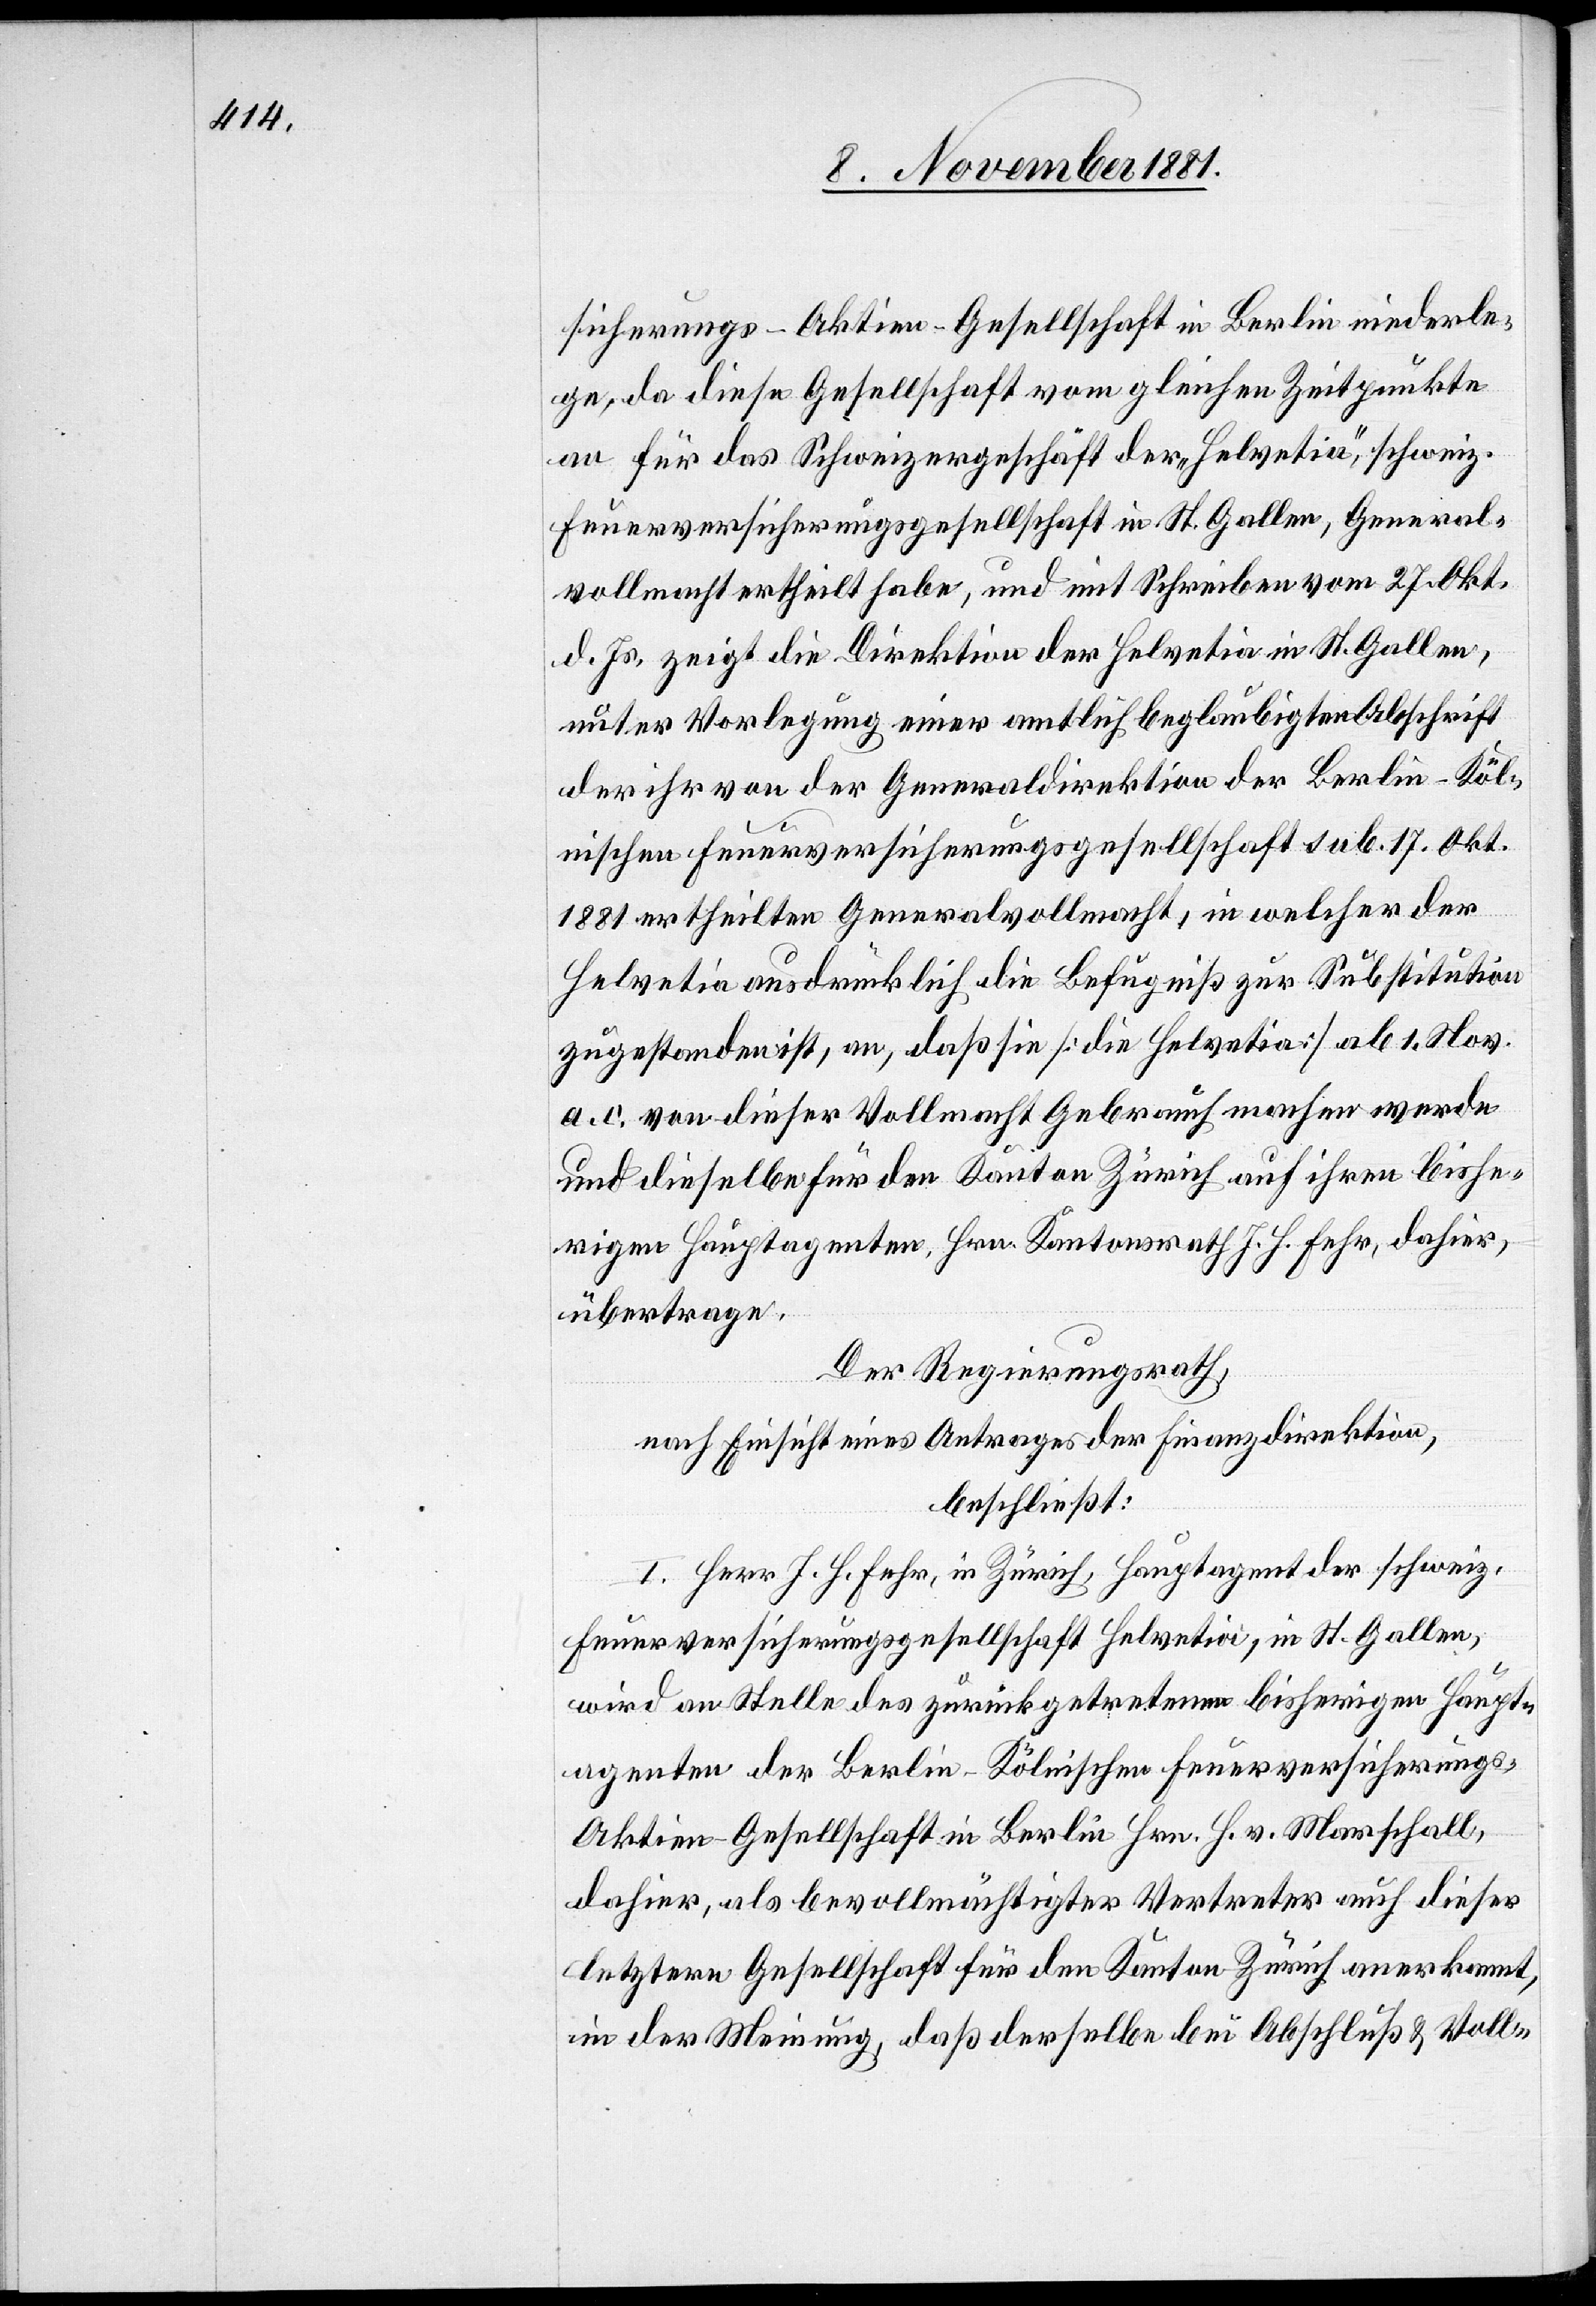
sicherungs-Aktien-Gesellschaft in Berlin niederle¬
ge, da diese Gesellschaft vom gleichen Zeitpunkte
an für das Schweizergeschäft der „Helvetia“, schweiz.
Feuerversicherungsgesellschaft in St. Gallen, General¬
vollmacht ertheilt habe, und mit Schreiben vom 27. Okt.
d. Js., zeigt die Direktion der Helvetia in St. Gallen,
unter Vorlegung einer amtlich beglaubigten Abschrift
der ihr von der Generaldirektion der Berlin-Köl¬
nischen Feuerversicherungsgesellschaft sub. 17. Okt.
1881 ertheilten Generalvollmacht, in welcher der
Helvetia ausdrücklich die Befugniß zur Substitution
zugestanden ist, an, daß sie [die Helvetia] ab 1. Nov.
a. c. von dieser Vollmacht Gebrauch machen werde
und dieselbe für den Kanton Zürich auf ihren bishe¬
rigen Hauptagenten, Hrn. Kantonsrath J. H. Fehr, dahier,
übertrage.
Der Regierungsrath,
nach Einsicht eines Antrages der Finanzdirektion,
beschließt:
I. Herr J. H. Fehr, in Zürich, Hauptagent der schweiz.
Feuerversicherungsgesellschaft Helvetia, in St. Gallen,
wird an Stelle des zurückgetretenen bisherigen Haupt¬
agenten der Berlin-Kölnischen Feuerversicherungs-A¬
ktien-Gesellschaft in Berlin Hrn. H. v. Marschall,
dahier, als bevollmächtigter Vertreter auch dieser
letztern Gesellschaft für den Kanton Zürich anerkannt,
in der Meinung, daß derselbe bei Abschluß & Voll-